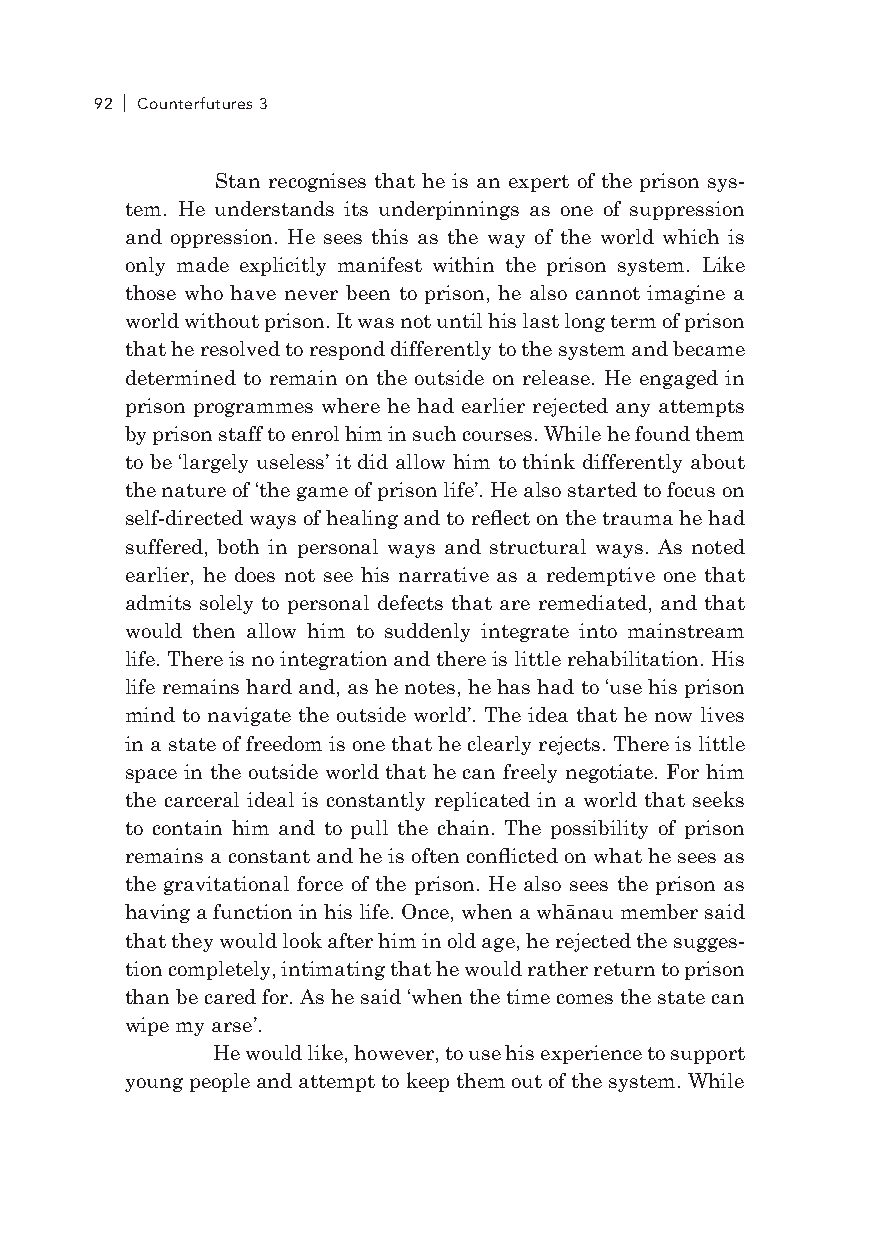
92 Counterfutures 3
 Stan recognises that he is an expert of the prison sys-
 tem. He understands its underpinnings as one of suppression
 and oppression. He sees this as the way of the world which is
 only made explicitly manifest within the prison system. like
 those who have never been to prison, he also cannot imagine a
 world without prison. It was not until his last long term of prison
 that he resolved to respond differently to the system and became
 determined to remain on the outside on release. He engaged in
 prison programmes where he had earlier rejected any attempts
 by prison staff to enrol him in such courses. While he found them
 to be ‘largely useless’ it did allow him to think differently about
 the nature of ‘the game of prison life’. He also started to focus on
 self-directed ways of healing and to reflect on the trauma he had
 suffered, both in personal ways and structural ways. As noted
 earlier, he does not see his narrative as a redemptive one that
 admits solely to personal defects that are remediated, and that
 would then allow him to suddenly integrate into mainstream
 life. There is no integration and there is little rehabilitation. His
 life remains hard and, as he notes, he has had to ‘use his prison
 mind to navigate the outside world’. The idea that he now lives
 in a state of freedom is one that he clearly rejects. There is little
 space in the outside world that he can freely negotiate. For him
 the carceral ideal is constantly replicated in a world that seeks
 to contain him and to pull the chain. The possibility of prison
 remains a constant and he is often conflicted on what he sees as
 the gravitational force of the prison. He also sees the prison as
 having a function in his life. Once, when a whānau member said
 that they would look after him in old age, he rejected the sugges-
 tion completely, intimating that he would rather return to prison
 than be cared for. As he said ‘when the time comes the state can
 wipe my arse’.
 He would like, however, to use his experience to support
 young people and attempt to keep them out of the system. While